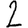
Digit: 2